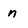
Character: n